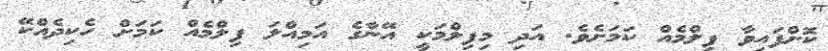
ކޮށްފައިވާ ފިލްމެއް ކަމަށެވެ. އަދި މިފިލްމަކީ އޭނާގެ އަމިއްލަ ފިލްމެއް ކަމަށް ހެކިދެއްކޭ